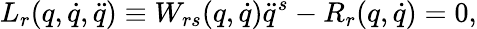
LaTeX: L_{r}(q,\dot{q},\ddot{q})\equiv W_{rs}(q,\dot{q})\ddot{q}^{s}-R_{r}(q,\dot{q})=0,